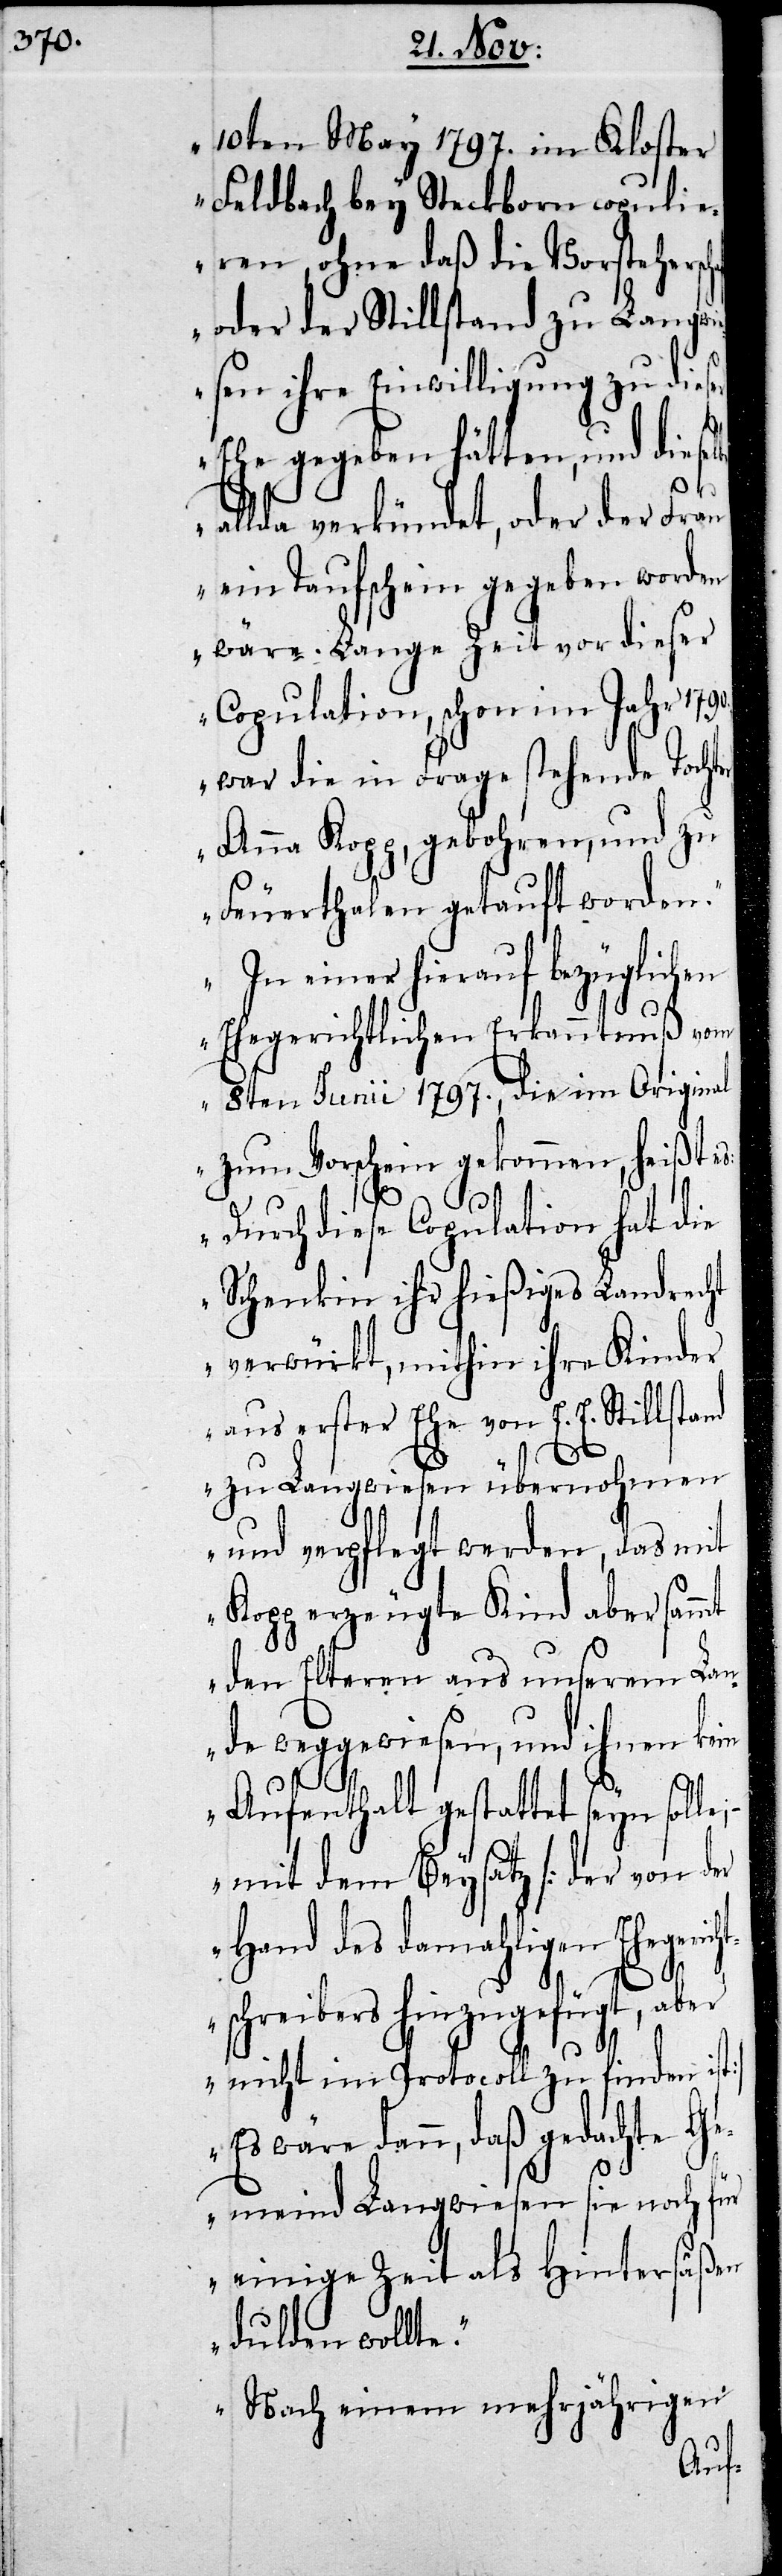
10ten May 1797. im Kloster
Feldbach bey Steckborn copuli¬
eren, ohne daß die Vorstehersc¬
Langwie¬
oder der Stillstand
diese¬
sen ihre Einwilligung
Ehe gegeben hätten,
Frau
allda verkündet, oder
ein Taufschein gegeben worden
wäre. Lange Zeit vor dieser
Copulation, schon im Jahr
war die in Frage stehende Tochte¬
Anna Kopp, gebohren, und zu
Feuerthalen getauft worden.
In einer hierauf bezüglichen
Ehegerichtlichen Erkanntnuß vom
8ten Junii 1797., die im Original
zum Vorschein gekommen, heißt es:
Durch diese Copulation hat die
Schenkin ihr hießiges Landrecht
verwürkt, mithin ihre Kinder
aus erster Ehe von E. E. Stillstand
zu Langwiesen übernohmen
und verpflegt werden, das mit
Kopp erzeugte Kind aber sam¬
den Elteren aus unserem La¬
nde weggewiesen, und ihnen ke¬
Aufenthalt gestattet seyn
mit dem Beysatz (der von der
Hand des damahligen Ehegeri¬
tschreibers hinzugefü¬
nicht im Protocoll zu
gt,
Es wäre dann, daß ge¬
r,
Gemeind Langwiesen
einige Zeit als Hintersä¬
dulden wollte.
inem
Nach e¬